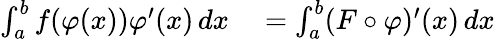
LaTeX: \begin{array}{rl}{\int_{a}^{b}f(\varphi(x))\varphi^{\prime}(x)\, dx}&{{}=\int_{a}^{b}(F\circ\varphi)^{\prime}(x)\, dx}\end{array}